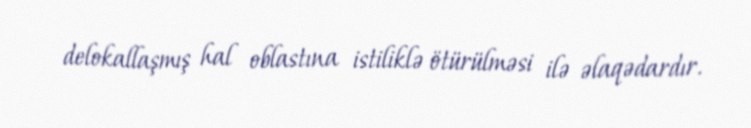
delokallaşmış hal oblastına istiliklə ötürülməsi ilə əlaqədardır.